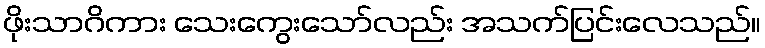
ဖိုးသာဂိကား သေးကွေးသော်လည်း အသက်ပြင်းလေသည်။